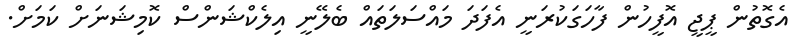
އެގޮތުން ޕީޖީ އޮފީހުން ފާހަގަކުރަނީ އެފަދަ މައްސަލަތައް ބެލޭނީ އިލެކްޝަންސް ކޮމިޝަނަށް ކަމަށް.